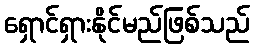
ရှောင်ရှားနိုင်မည်ဖြစ်သည်